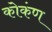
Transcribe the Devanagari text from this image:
कोकंण